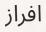
افراز